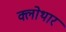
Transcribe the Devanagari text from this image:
क्लोथार